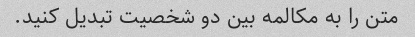
متن را به مکالمه بین دو شخصیت تبدیل کنید.